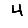
Digit: 4